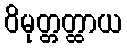
ဝိမုတ္တတ္ထာယ